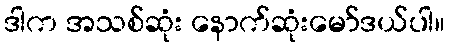
ဒါက အသစ်ဆုံး နောက်ဆုံးမော်ဒယ်ပါ။